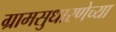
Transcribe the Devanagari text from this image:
ग्रामसुधारणेच्या